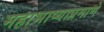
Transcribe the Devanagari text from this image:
महाभाष्याप्रमाणे